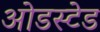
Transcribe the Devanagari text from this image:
ओडस्टेड